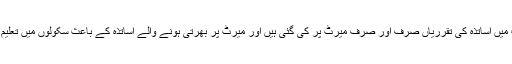
انہو ں نے کہا کہ پنجاب میں اساتذہ کی تقرریاں صرف اور صرف میرٹ پر کی گئی ہیں اور میرٹ پر بھرتی ہونے والے اساتذہ کے باعث سکولوں میں تعلیم کا معیار بلند ہو رہا ہے۔